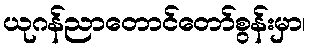
ယုဂန်ညာတောင်တော်စွန်းမှာ၊